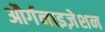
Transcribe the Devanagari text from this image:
और्गनाइज़ेशन